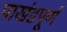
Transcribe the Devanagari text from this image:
पाखंडपूर्ण